38_143685_box_Incident_Summaries_101-172
Agency: Department of War
Page 37
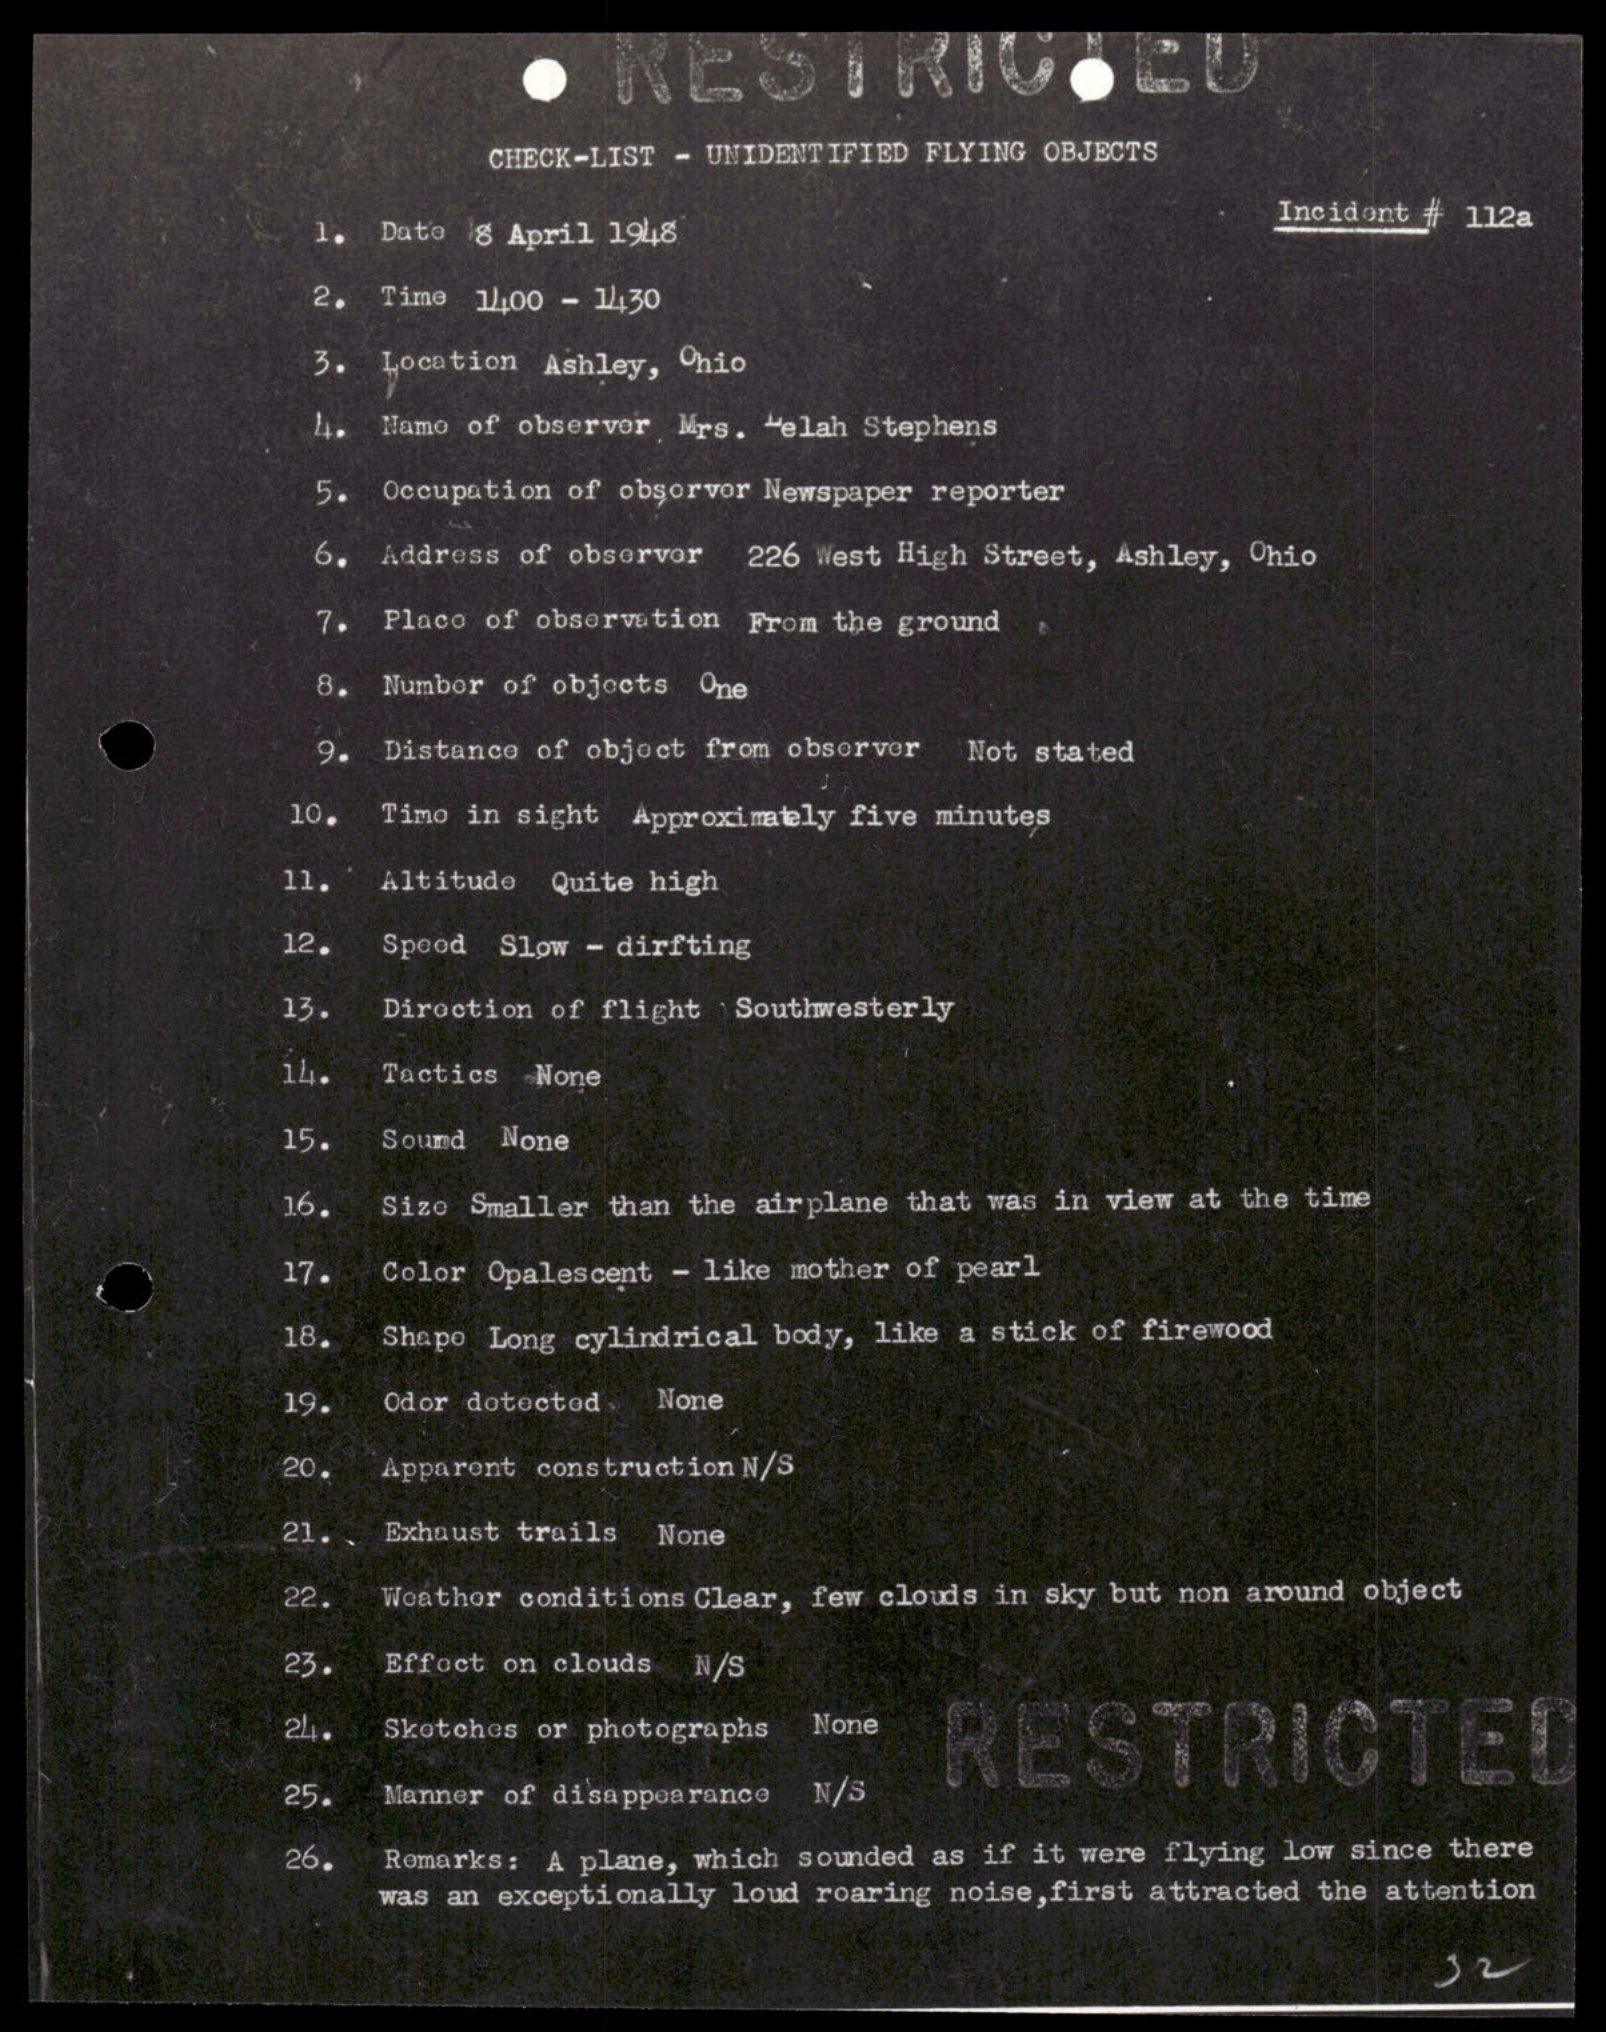